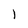
Character: 1